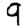
Digit: 9